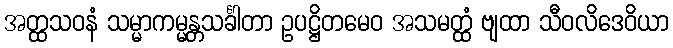
အတ္ထသဝနံ သမ္မာကမ္မန္တသင်္ခါတာ ဥပဋ္ဌိတမေဝ အသမတ္ထံ ဗျထာ သီဝလိဒေဝိယာ